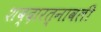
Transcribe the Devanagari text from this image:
शब्दारत्नावली